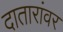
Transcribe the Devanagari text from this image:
दातारांवर